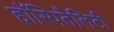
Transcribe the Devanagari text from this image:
हॉस्पितैलिटी